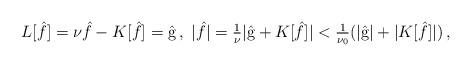
LaTeX: \begin{align*}\begin{aligned}L [\hat{f}] = \nu \hat{f} - K [\hat{f}] = \hat{\textrm{g}} \,, \ |\hat{f}| = \tfrac{1}{\nu} | \hat{\textrm{g}} + K [\hat{f}] | < \tfrac{1}{\nu_0} ( |\hat{\textrm{g}} | + |K [\hat{f}] | ) \,,\end{aligned}\end{align*}